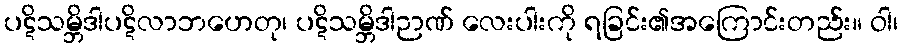
ပဋိသမ္ဘိဒါပဋိလာဘဟေတု၊ ပဋိသမ္ဘိဒါဉာဏ် လေးပါးကို ရခြင်း၏အကြောင်းတည်း။ ဝါ၊